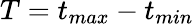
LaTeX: T=t_{max}-t_{min}